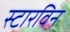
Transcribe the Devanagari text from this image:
स्टारविन